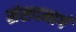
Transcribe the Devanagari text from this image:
संसदमार्ग